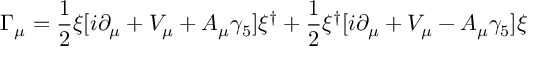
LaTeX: \Gamma _ { \mu } = \frac { 1 } { 2 } \xi [ i \partial _ { \mu } + V _ { \mu } + A _ { \mu } \gamma _ { 5 } ] \xi ^ { \dagger } + \frac { 1 } { 2 } \xi ^ { \dagger } [ i \partial _ { \mu } + V _ { \mu } - A _ { \mu } \gamma _ { 5 } ] \xi